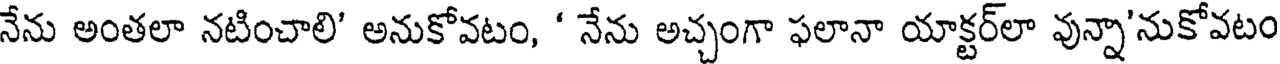
నేను అంతలా నటించాలి' అనుకోవటం, ' నేను అచ్చంగా ఫలానా యాక్టర్లా వున్నా'నుకోవటం